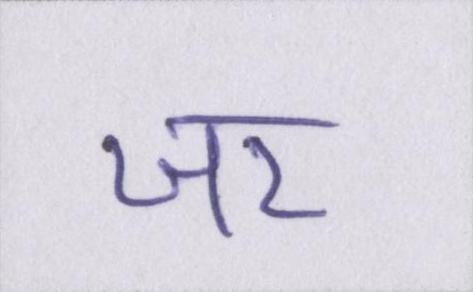
जर